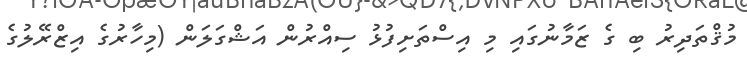
މުޤްތަދިރު ބި ގެ ޒަމާނުގައި މި އިސްތަށިފުޅު ސިއްރުން އަޝްގަލަން (މިހާރުގެ އިޒްރޭލުގެ